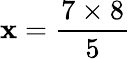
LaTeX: \mathbf{x}=\frac{{7\times8}}{{5}}